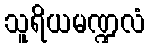
သူရိယမဏ္ဍလံ